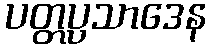
ပတ္တပ္ပသာဒေန